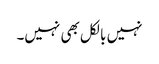
نہیں بالکل بھی نہیں۔